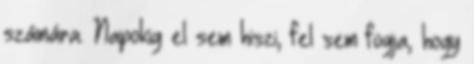
számára. Napokig el sem hiszi, fel sem fogja, hogy